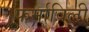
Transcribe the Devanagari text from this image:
फर्माविली